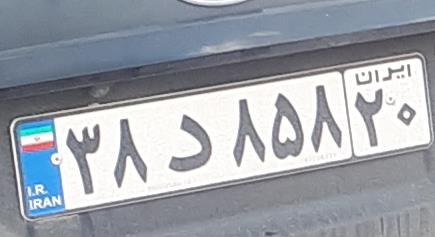
۸۳د۸۵۸۲۰